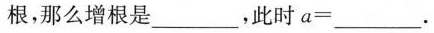
根，那么增根是___，此时$$a = ___$$。